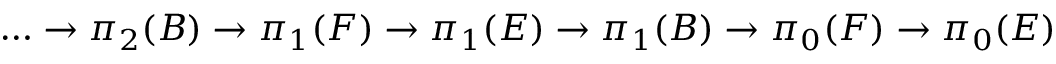
\dots \to \pi _ { 2 } ( B ) \to \pi _ { 1 } ( F ) \to \pi _ { 1 } ( E ) \to \pi _ { 1 } ( B ) \to \pi _ { 0 } ( F ) \to \pi _ { 0 } ( E )